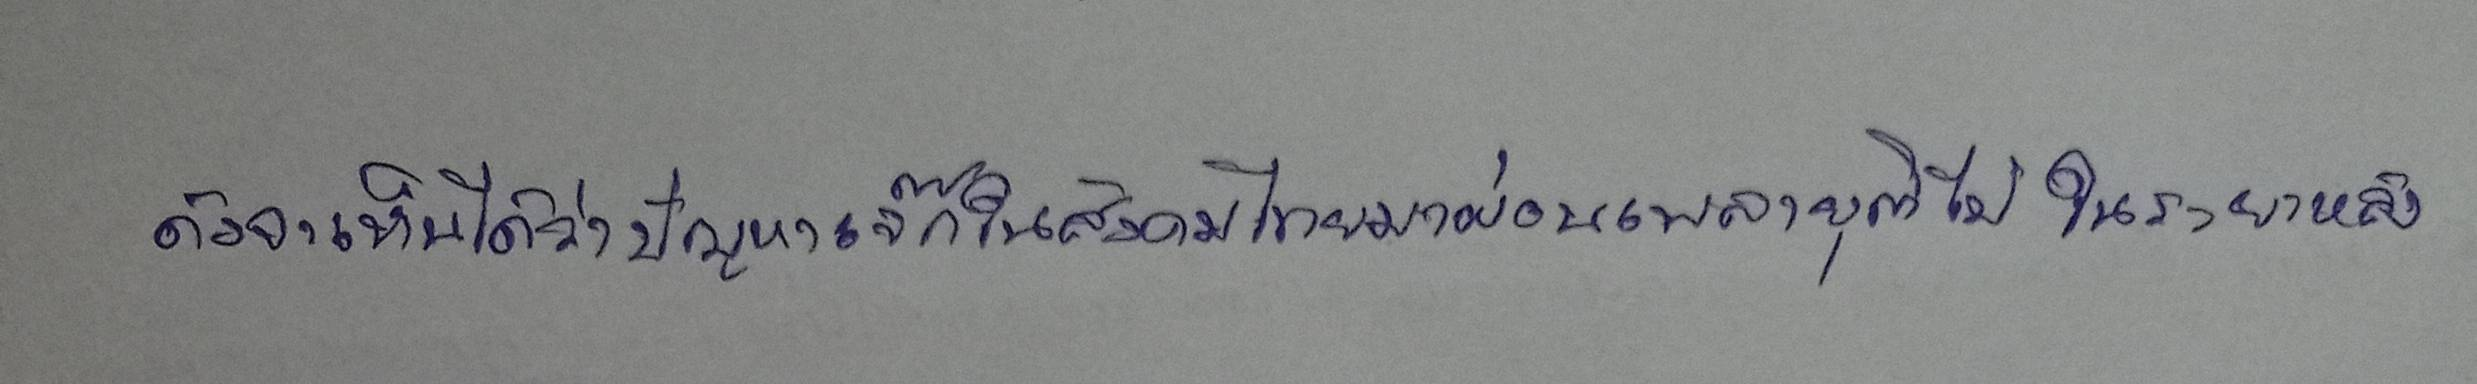
ดังจะเห็นได้ว่าปัญหาเจ๊กในสังคมไทยมาผ่อนเพลายุติไปในระยะหลัง